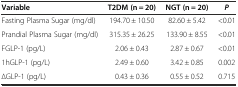
<table><thead><tr><td><b>Variable</b></td><td><b>T2DM (n = 20)</b></td><td><b>NGT (n = 20)</b></td><td><b><i>P</i></b></td></tr></thead><tbody><tr><td>Fasting Plasma Sugar (mg/dl)</td><td>194.70 ± 10.50</td><td>82.60 ± 5.42</td><td>&lt;0.01</td></tr><tr><td>Prandial Plasma Sugar (mg/dl)</td><td>315.35 ± 26.25</td><td>133.90 ± 8.55</td><td>&lt;0.01</td></tr><tr><td>FGLP-1 (pg/L)</td><td>2.06 ± 0.43</td><td>2.87 ± 0.67</td><td>&lt;0.01</td></tr><tr><td>1hGLP-1 (pg/L)</td><td>2.49 ± 0.60</td><td>3.42 ± 0.85</td><td>0.002</td></tr><tr><td>∆GLP-1 (pg/L)</td><td>0.43 ± 0.36</td><td>0.55 ± 0.52</td><td>0.715</td></tr></tbody></table>